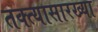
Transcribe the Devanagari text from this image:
तक्त्यासारख्या